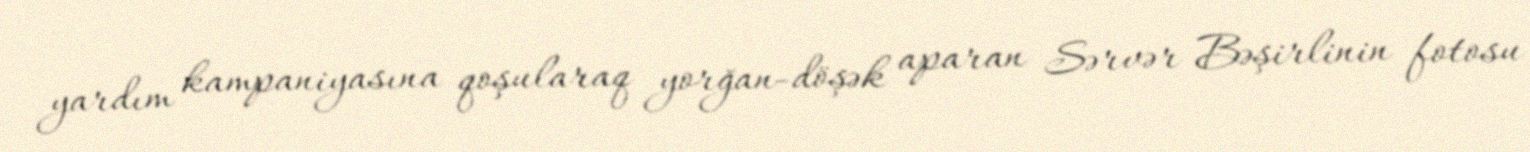
yardım kampaniyasına qoşularaq yorğan-döşək aparan Sərvər Bəşirlinin fotosu